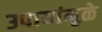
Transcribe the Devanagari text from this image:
उपायांमुळे